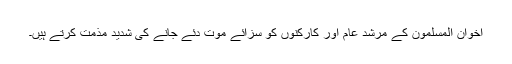
اخوان المسلمون کے مرشد عام اور کارکنوں کو سزائے موت دئے جانے کی شدید مذمت کرتے ہیں۔